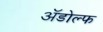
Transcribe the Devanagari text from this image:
ॲडोल्फ